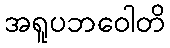
အရူပဘဝေါတိ